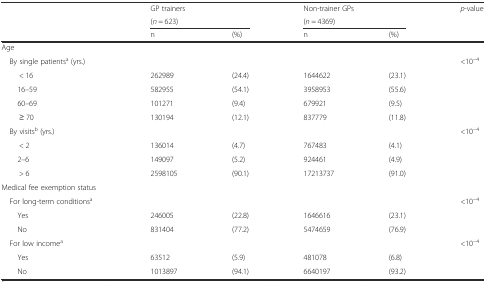
<table><thead><tr><td></td><td colspan="2"><b>GP trainers</b></td><td colspan="2"><b>Non-trainer GPs</b></td><td><b><i>p</i>-value</b></td></tr><tr><td></td><td colspan="2"><b>(<i>n</i> = 623)</b></td><td colspan="2"><b>(<i>n</i> = 4369)</b></td><td></td></tr><tr><td></td><td><b>n</b></td><td><b>(%)</b></td><td><b>n</b></td><td><b>(%)</b></td><td></td></tr></thead><tbody><tr><td>Age</td><td></td><td></td><td></td><td></td><td></td></tr><tr><td> By single patients<sup>a</sup> (yrs.)</td><td></td><td></td><td></td><td></td><td>&lt;10<sup>−4</sup></td></tr><tr><td>&lt; 16</td><td>262989</td><td>(24.4)</td><td>1644622</td><td>(23.1)</td><td></td></tr><tr><td>16–59</td><td>582955</td><td>(54.1)</td><td>3958953</td><td>(55.6)</td><td></td></tr><tr><td>60–69</td><td>101271</td><td>(9.4)</td><td>679921</td><td>(9.5)</td><td></td></tr><tr><td>≥ 70</td><td>130194</td><td>(12.1)</td><td>837779</td><td>(11.8)</td><td></td></tr><tr><td> By visits<sup>b</sup> (yrs.)</td><td></td><td></td><td></td><td></td><td>&lt;10<sup>−4</sup></td></tr><tr><td>&lt; 2</td><td>136014</td><td>(4.7)</td><td>767483</td><td>(4.1)</td><td></td></tr><tr><td>2–6</td><td>149097</td><td>(5.2)</td><td>924461</td><td>(4.9)</td><td></td></tr><tr><td>&gt; 6</td><td>2598105</td><td>(90.1)</td><td>17213737</td><td>(91.0)</td><td></td></tr><tr><td>Medical fee exemption status</td><td></td><td></td><td></td><td></td><td></td></tr><tr><td> For long-term conditions<sup>a</sup></td><td></td><td></td><td></td><td></td><td>&lt;10<sup>−4</sup></td></tr><tr><td>Yes</td><td>246005</td><td>(22.8)</td><td>1646616</td><td>(23.1)</td><td></td></tr><tr><td>No</td><td>831404</td><td>(77.2)</td><td>5474659</td><td>(76.9)</td><td></td></tr><tr><td> For low income<sup>a</sup></td><td></td><td></td><td></td><td></td><td>&lt;10<sup>−4</sup></td></tr><tr><td>Yes</td><td>63512</td><td>(5.9)</td><td>481078</td><td>(6.8)</td><td></td></tr><tr><td>No</td><td>1013897</td><td>(94.1)</td><td>6640197</td><td>(93.2)</td><td></td></tr></tbody></table>